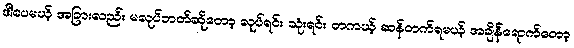
ဒါပေမယ့် အခြားလည်း မလုပ်တတ်ဆိုတော့ လုပ်ရင်း သုံးရင်း တကယ့် ဆန်တက်ရမယ့် အချိန်ရောက်တော့